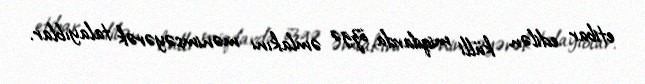
etibar edilən külli miqdarda özgə əmlakını mənimsəyərək talayıblar.